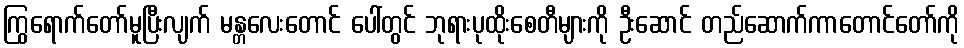
ကြွရောက်တော်မူပြီးလျက် မန္တလေးတောင် ပေါ်တွင် ဘုရားပုထိုးစေတီများကို ဦးဆောင် တည်ဆောက်ကာတောင်တော်ကို